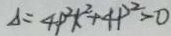
\Delta = 4 P ^ { 2 } k ^ { 2 } + 4 P ^ { 2 } > 0